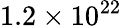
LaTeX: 1.2\times 10^{22}